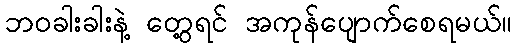
ဘဝခါးခါးနဲ့ တွေ့ရင် အကုန်ပျောက်စေရမယ်။